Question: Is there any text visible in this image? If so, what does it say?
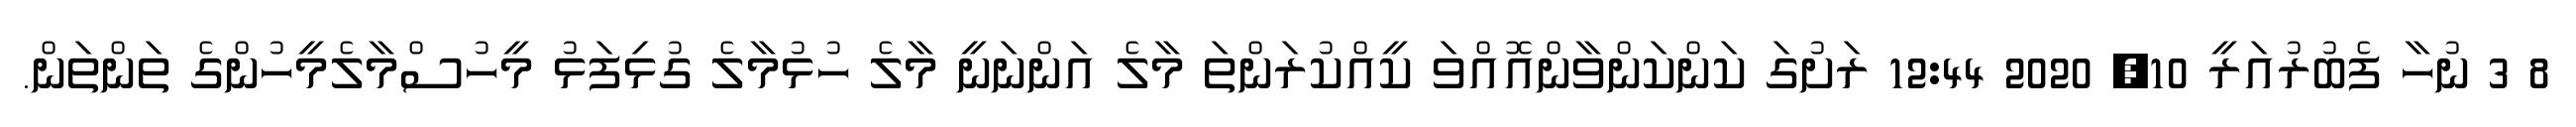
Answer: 8 3 ނުހާ ފެބުރުއަރީ 10, 2020 12:44 ރަށުގަ ކަންކަންވާންއޮއްވަ ކީއްކުރަންތަ މާލެ އަންނަނީ މާލެ ހުޅުމާލެ ގުޅިފަޅު މީހުސްމާލެމީހުންގެ ތަންތަން.